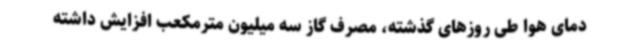
دمای هوا طی روزهای گذشته، مصرف گاز سه میلیون مترمکعب افزایش داشته